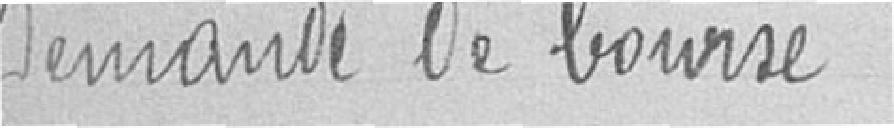
Demande bourse à